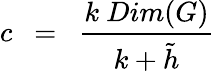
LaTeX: c~~=~~{\frac{k~Dim(G)}{k+{\tilde{h}}}}